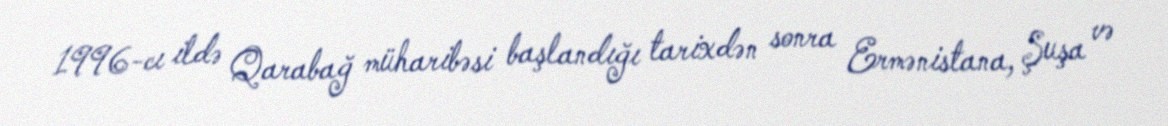
1996-cı ildə Qarabağ müharibəsi başlandığı tarixdən sonra Ermənistana, Şuşa və